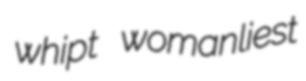
whipt womanliest